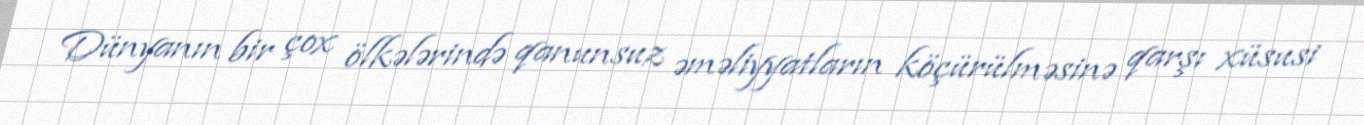
Dünyanın bir çox ölkələrində qanunsuz əməliyyatların köçürülməsinə qarşı xüsusi